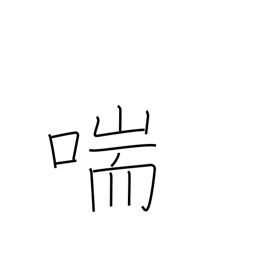
Meaning: gasp